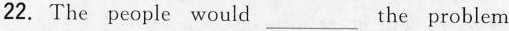
22.The people would___ the problem